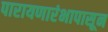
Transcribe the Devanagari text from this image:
पारायणारंभापासून